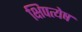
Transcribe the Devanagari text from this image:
क्षिपत्येष